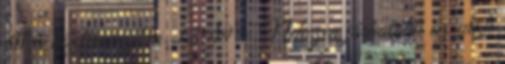
áll a közleményben. 12:49 - Nehezen járhatóak az utak